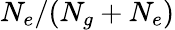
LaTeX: N_{e}/(N_{g}+N_{e})